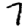
Digit: 7